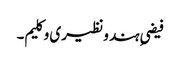
فیضیِ ہند و نظیری و کلیم۔